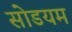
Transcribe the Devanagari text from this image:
सोडयम